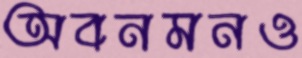
অবনমনও